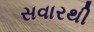
સવારથી